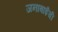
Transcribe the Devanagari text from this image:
जनाबाईंची